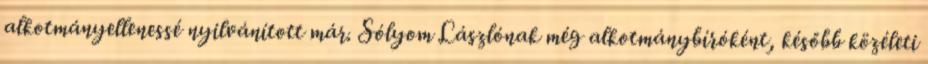
alkotmányellenessé nyilvánított már. Sólyom Lászlónak még alkotmánybíróként, később közéleti